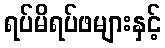
ရပ်မိရပ်ဖများနှင့်